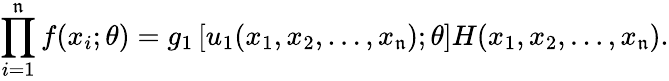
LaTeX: \prod_{i=1}^{\mathfrak{n}}f(x_{i};\theta)=g_{1}\left[u_{1}(x_{1},x_{2},\dots,x_{\mathfrak{n}});\theta\right]H(x_{1},x_{2},\dots,x_{\mathfrak{n}}).